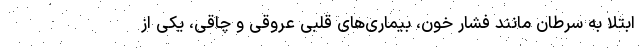
ابتلا به سرطان مانند فشار خون، بیماری‌های قلبی عروقی و چاقی، یکی از